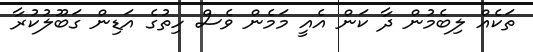
ތަކެއް ލިބެމުން ދާ ކަން އެއީ މަމެން ވެސް ހިތުގެ އަޑިން ގަބޫލުކުރާ